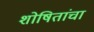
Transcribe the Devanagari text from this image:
शोषितांचा